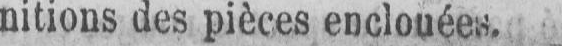
nitions des pièces enclouées.